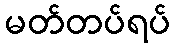
မတ်တပ်ရပ်